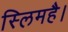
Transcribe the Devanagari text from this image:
स्लिमहै।